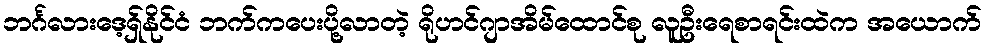
ဘင်္ဂလားဒေ့ရှ်နိုင်ငံ ဘက်ကပေးပို့လာတဲ့ ရိုဟင်ဂျာအိမ်ထောင်စု လူဦးရေစာရင်းထဲက အယောက်